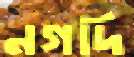
নগদি